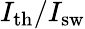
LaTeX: I_{\mathrm{th}}/I_{\mathrm{sw}}